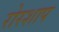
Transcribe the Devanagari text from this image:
रोरशाप